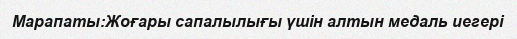
Марапаты:Жоғары сапалылығы үшін алтын медаль иегері